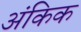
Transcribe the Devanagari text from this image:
अंकिक